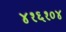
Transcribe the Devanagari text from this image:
४१६१०४